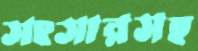
সংসারসহ